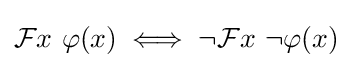
{\mathcal {F}}x\ \varphi (x)\iff \neg {\mathcal {F}}x\ \neg \varphi (x)